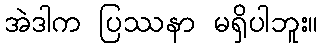
အဲဒါက ပြဿနာ မရှိပါဘူး။